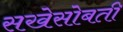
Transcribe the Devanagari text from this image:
सखेसोबती